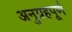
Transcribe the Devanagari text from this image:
अनुग्रहपूर्ण